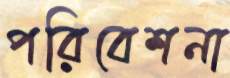
পরিবেশনা